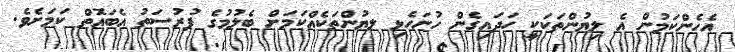
އެހެންކަމުން އެ ލިޔުންތަކަކީ ހަދައިގެން ހުށަހެޅި ލޔުންތަކެއްކަމަށް ބެލުމުގެ ފުރުސަތު އެބައޮތް ކަމަށެވެ.